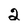
Character: 2